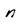
Character: N